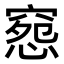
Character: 𥧉